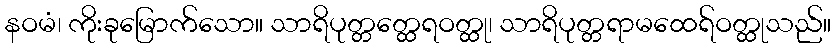
နဝမံ၊ ကိုးခုမြောက်သော။ သာရိပုတ္တတ္ထေရဝတ္ထု၊ သာရိပုတ္တရာမထေရ်ဝတ္ထုသည်။